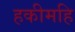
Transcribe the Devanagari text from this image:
हकीमहि